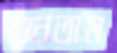
শুনতাম